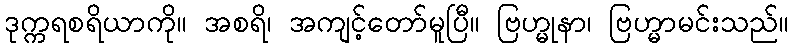
ဒုက္ကရစရိယာကို။ အစရိ၊ အကျင့်တော်မူပြီ။ ဗြဟ္မုနာ၊ ဗြဟ္မာမင်းသည်။